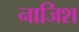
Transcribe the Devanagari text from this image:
नाजिश